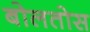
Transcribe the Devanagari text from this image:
बोलतोस